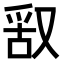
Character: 𠭖